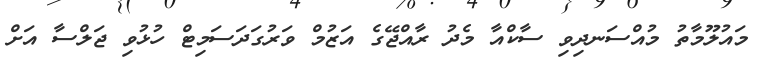
މައުލޫމާތު މުއްސަނދިވި ސާކްއާ މެދު ރާއްޖޭގެ އަޒުމް ވަރުގަދަސަމިޓް ހުޅުވި ޖަލްސާ އަށް